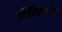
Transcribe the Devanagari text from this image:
ग्रैंडीफ्लोरा